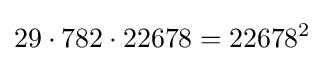
29\cdot 782\cdot 22678=22678^{2}